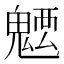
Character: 𩳭